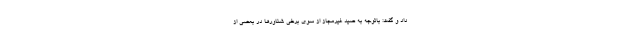
داد و گفت: باتوجه به صید غیرمجاز از سوی برخی شناور‌ها در بعضی از